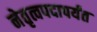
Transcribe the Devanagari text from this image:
नेतृत्वपदापर्यंत